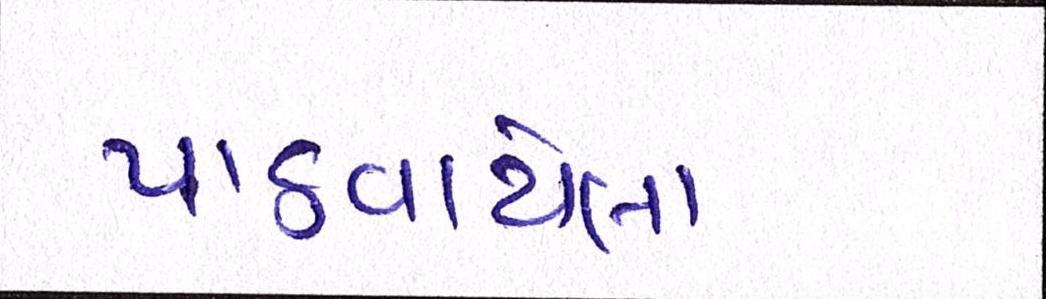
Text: પાઠવાયેલા